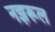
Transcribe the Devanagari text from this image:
नझरूल